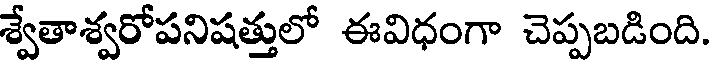
శ్వేతాశ్వరోపనిషత్తులో ఈవిధంగా చెప్పబడింది.